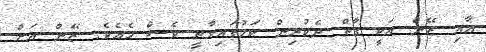
އާއި ޒޭން އަކީ ގާތް ދެކުރިން ކަމުގައިވާތީ ވެސް މެއެވެ. ޒޭން އަށް